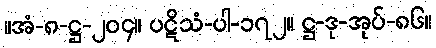
။အံ-၈-ဋ္ဌ-၂၀၄။ ပဋိသံ-ပါ-၁၇၂။ ဋ္ဌ-ဒု-အုပ်-၈၆။